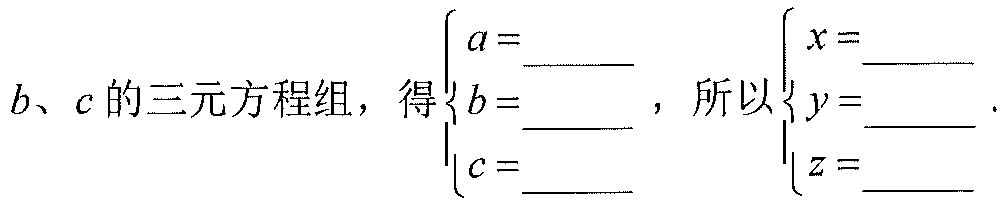
\(b、c\)的三元方程组，得\(\begin{cases}a = \underline{\quad\quad}\\b = \underline{\quad\quad}\\c = \underline{\quad\quad}\end{cases}\)，所以\(\begin{cases}x = \underline{\quad\quad}\\y = \underline{\quad\quad}\\z = \underline{\quad\quad}\end{cases}\).